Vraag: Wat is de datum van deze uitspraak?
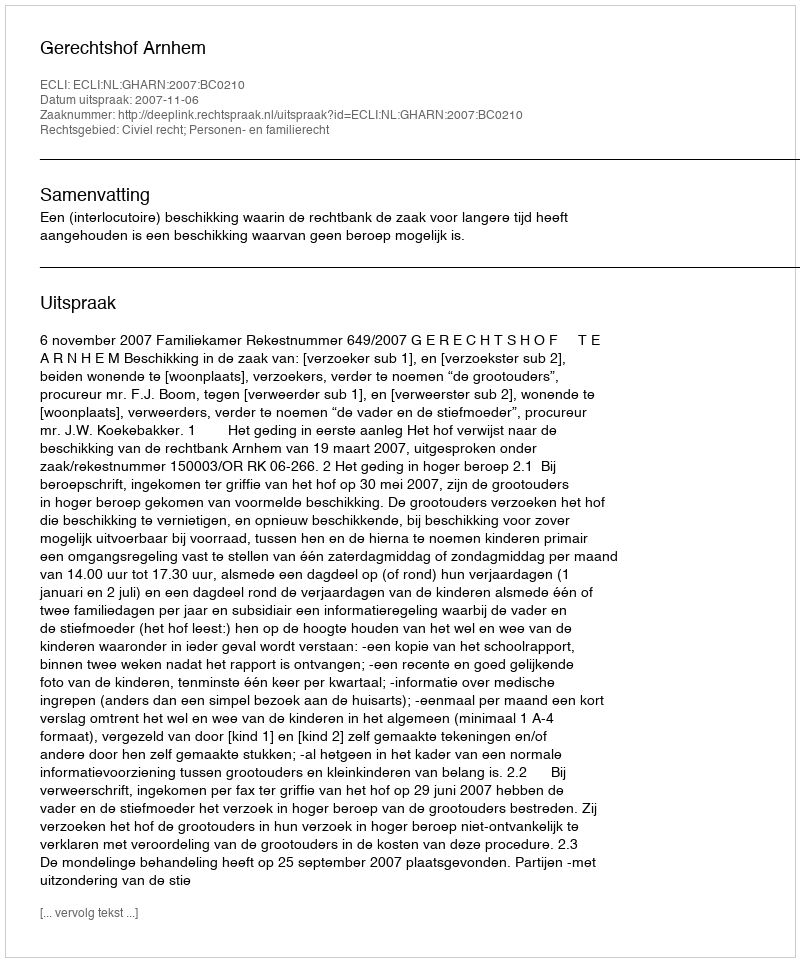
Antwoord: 2007-11-06